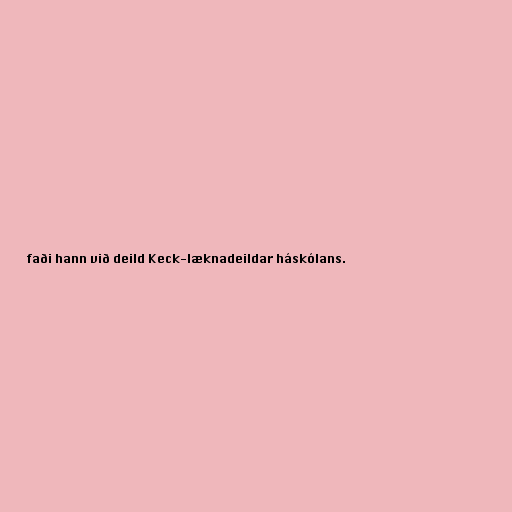
faði hann við deild Keck-læknadeildar háskólans.